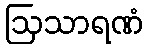
ဩသာရဏံ